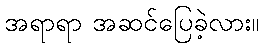
အရာရာ အဆင်ပြေခဲ့လား။